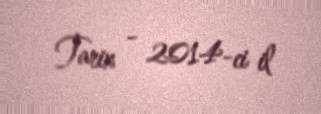
Tarix - 2014-ci il